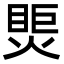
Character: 㷡